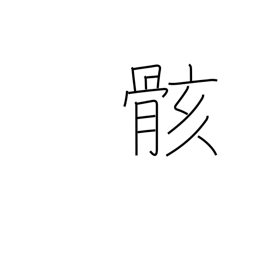
Meaning: body